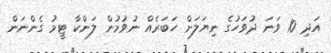
އަދި 10 ވަނަ ދުވަހުގެ ނިޔަލަށް ހަބަރެއް ނުވުމުން ލަންކާ ޓީމު ގެންނަން